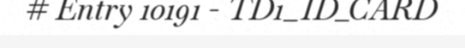
# Entry 10191 - TD1_ID_CARD